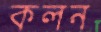
কলন